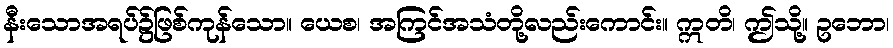
နီးသောအရပ်၌ဖြစ်ကုန်သော။ ယေစ၊ အကြင်အသံတို့လည်းကောင်း။ ဣတိ၊ ဤသို့။ ဥဘော၊